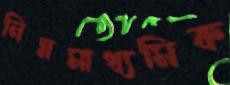
নিম্নমাধ্যমিক